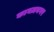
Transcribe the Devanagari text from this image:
कागज़नगर